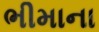
ભીમાના